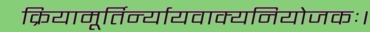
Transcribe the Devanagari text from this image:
क्रियामूर्तिर्न्यायवाक्यनियोजकः।